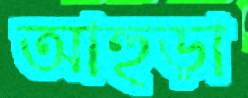
আহুড়া